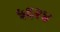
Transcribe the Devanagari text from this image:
५६२४